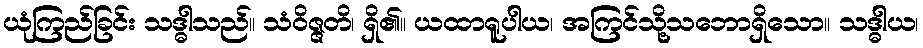
ယုံကြည်ခြင်း သဒ္ဓါသည်။ သံဝိဇ္ဇတိ၊ ရှိ၏။ ယထာရူပါယ၊ အကြင်သို့သဘောရှိသော။ သဒ္ဓါယ၊